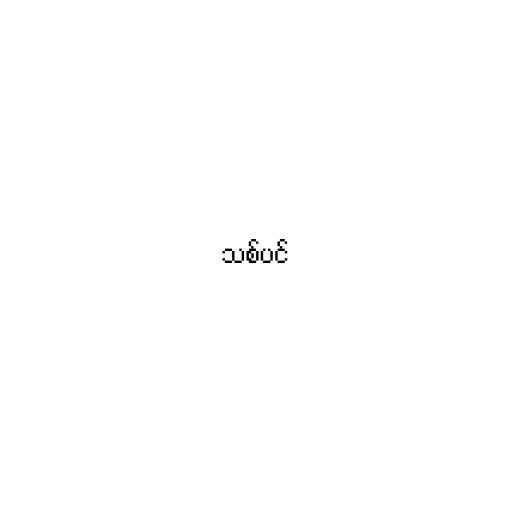
သစ်ပင်